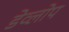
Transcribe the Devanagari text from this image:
डेव्लोप